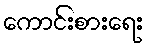
ကောင်းစားရေး